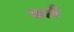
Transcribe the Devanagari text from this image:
क्लै